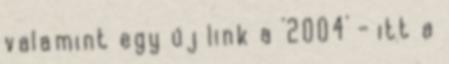
valamint egy új link a '2004' - itt a